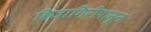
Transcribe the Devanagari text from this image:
बिजागिरीपासून